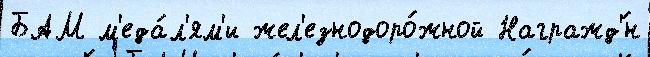
БАМ м'еда́л'ям'и жел'езнодоро́жной Награжд'́н